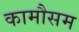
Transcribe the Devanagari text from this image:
कामौसम